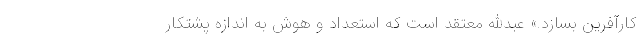
کارآفرین بسازد.» عبدالله معتقد است که استعداد و هوش به اندازه پشتکار